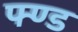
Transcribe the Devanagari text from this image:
फ्ण्ड